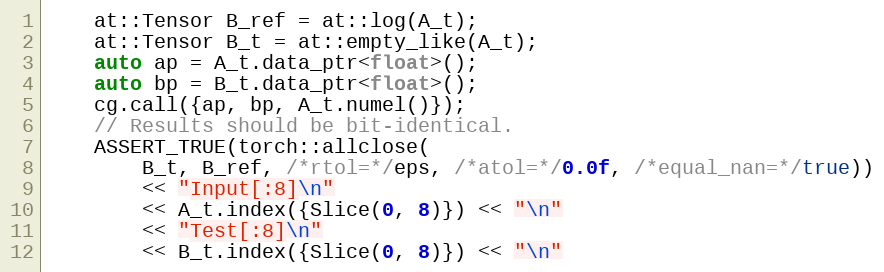
Language: C++
    at::Tensor B_ref = at::log(A_t);
    at::Tensor B_t = at::empty_like(A_t);
    auto ap = A_t.data_ptr<float>();
    auto bp = B_t.data_ptr<float>();
    cg.call({ap, bp, A_t.numel()});
    // Results should be bit-identical.
    ASSERT_TRUE(torch::allclose(
        B_t, B_ref, /*rtol=*/eps, /*atol=*/0.0f, /*equal_nan=*/true))
        << "Input[:8]\n"
        << A_t.index({Slice(0, 8)}) << "\n"
        << "Test[:8]\n"
        << B_t.index({Slice(0, 8)}) << "\n"